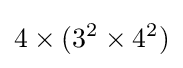
4\times (3^{2}\times 4^{2})